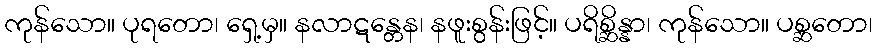
ကုန်သော။ ပုရတော၊ ရှေ့မှ။ နလာဋန္တေန၊ နဖူးစွန်းဖြင့်။ ပရိစ္ဆိန္နာ၊ ကုန်သော။ ပစ္ဆတော၊